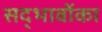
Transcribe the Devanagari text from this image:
सद्भावोंका